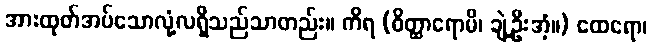
အားထုတ်အပ်သောလုံ့လရှိသည်သာတည်း။ ကိရ (ဝိတ္ထာရောမိ၊ ချဲ့ဦးအံ့။) ထေရော၊